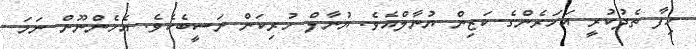
ހިފާ ތެދުކުރީ އަހަރެންގެ ކަޒިން ޔުނާލްއެވެ. ޔުނާލް ހުރިކަން ނަސީބެކެވެ. އެހެންނޫން ނަމަ